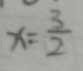
x = \frac { 3 } { 2 }